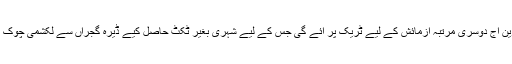
لاہور میں اورنج ٹرین آج دوسری مرتبہ آزمائش کے لیے ٹریک پر آئے گی جس کے لیے شہری بغیر ٹکٹ حاصل کیے ڈیرہ گجراں سے لکشمی چوک تک سفر کریں گے۔